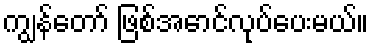
ကျွန်တော် ဖြစ်အောင်လုပ်ပေးမယ်။